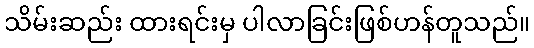
သိမ်းဆည်း ထားရင်းမှ ပါလာခြင်းဖြစ်ဟန်တူသည်။